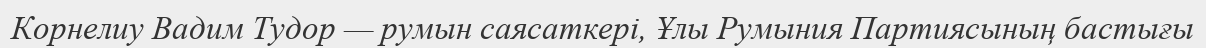
Корнелиу Вадим Тудор — румын саясаткері, Ұлы Румыния Партиясының бастығы